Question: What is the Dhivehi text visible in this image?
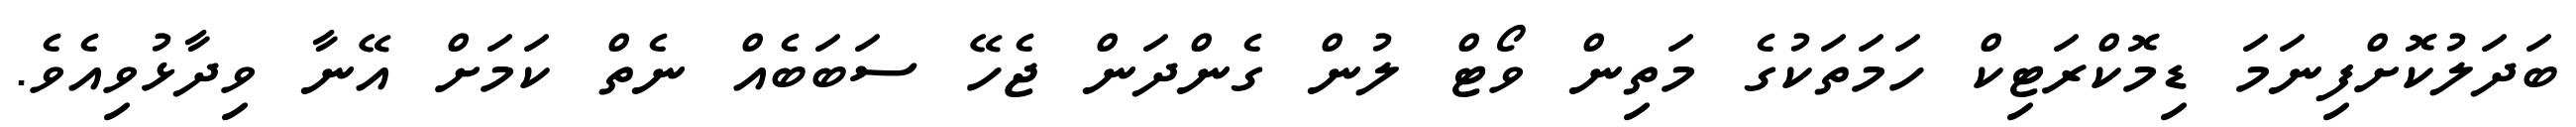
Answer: ބަދަލުކޮށްފިނަމަ ޑިމޮކްރަޓިކް ހަމަތަކުގެ މަތިން ވޯޓް ލުން ގެންދަން ޖެހޭ ސަބަބެއް ނެތް ކަމަށް އޭނާ ވިދާޅުވިއެވެ.